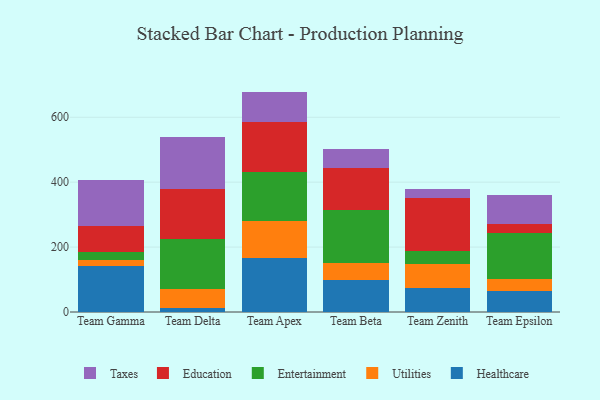
{"axis": {"x": "Team", "y": "Latency (ms)"}, "legend": ["Education", "Entertainment", "Healthcare", "Taxes", "Utilities"], "data": [{"x": "Team Gamma", "y": 141.7, "type": "Healthcare"}, {"x": "Team Gamma", "y": 17.6, "type": "Utilities"}, {"x": "Team Gamma", "y": 26.5, "type": "Entertainment"}, {"x": "Team Gamma", "y": 77.9, "type": "Education"}, {"x": "Team Gamma", "y": 142.1, "type": "Taxes"}, {"x": "Team Delta", "y": 13.5, "type": "Healthcare"}, {"x": "Team Delta", "y": 57.1, "type": "Utilities"}, {"x": "Team Delta", "y": 154.4, "type": "Entertainment"}, {"x": "Team Delta", "y": 155.1, "type": "Education"}, {"x": "Team Delta", "y": 159.0, "type": "Taxes"}, {"x": "Team Apex", "y": 165.3, "type": "Healthcare"}, {"x": "Team Apex", "y": 115.7, "type": "Utilities"}, {"x": "Team Apex", "y": 149.9, "type": "Entertainment"}, {"x": "Team Apex", "y": 153.5, "type": "Education"}, {"x": "Team Apex", "y": 94.7, "type": "Taxes"}, {"x": "Team Beta", "y": 97.8, "type": "Healthcare"}, {"x": "Team Beta", "y": 53.2, "type": "Utilities"}, {"x": "Team Beta", "y": 162.6, "type": "Entertainment"}, {"x": "Team Beta", "y": 131.4, "type": "Education"}, {"x": "Team Beta", "y": 58.6, "type": "Taxes"}, {"x": "Team Zenith", "y": 73.5, "type": "Healthcare"}, {"x": "Team Zenith", "y": 75.5, "type": "Utilities"}, {"x": "Team Zenith", "y": 38.7, "type": "Entertainment"}, {"x": "Team Zenith", "y": 162.3, "type": "Education"}, {"x": "Team Zenith", "y": 29.5, "type": "Taxes"}, {"x": "Team Epsilon", "y": 63.7, "type": "Healthcare"}, {"x": "Team Epsilon", "y": 36.9, "type": "Utilities"}, {"x": "Team Epsilon", "y": 142.2, "type": "Entertainment"}, {"x": "Team Epsilon", "y": 29.9, "type": "Education"}, {"x": "Team Epsilon", "y": 87.0, "type": "Taxes"}]}